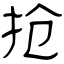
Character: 抢